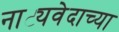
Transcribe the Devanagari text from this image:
नाट्यवेदाच्या